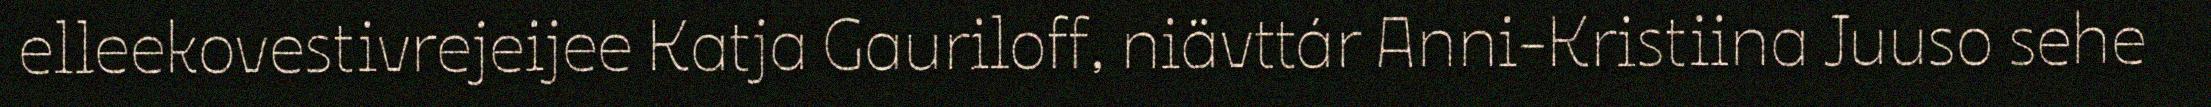
elleekovestivrejeijee Katja Gauriloff, niävttár Anni-Kristiina Juuso sehe